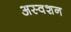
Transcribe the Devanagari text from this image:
अस्वशन